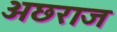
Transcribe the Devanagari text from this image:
अछराज